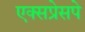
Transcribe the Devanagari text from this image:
एक्सप्रेसपे